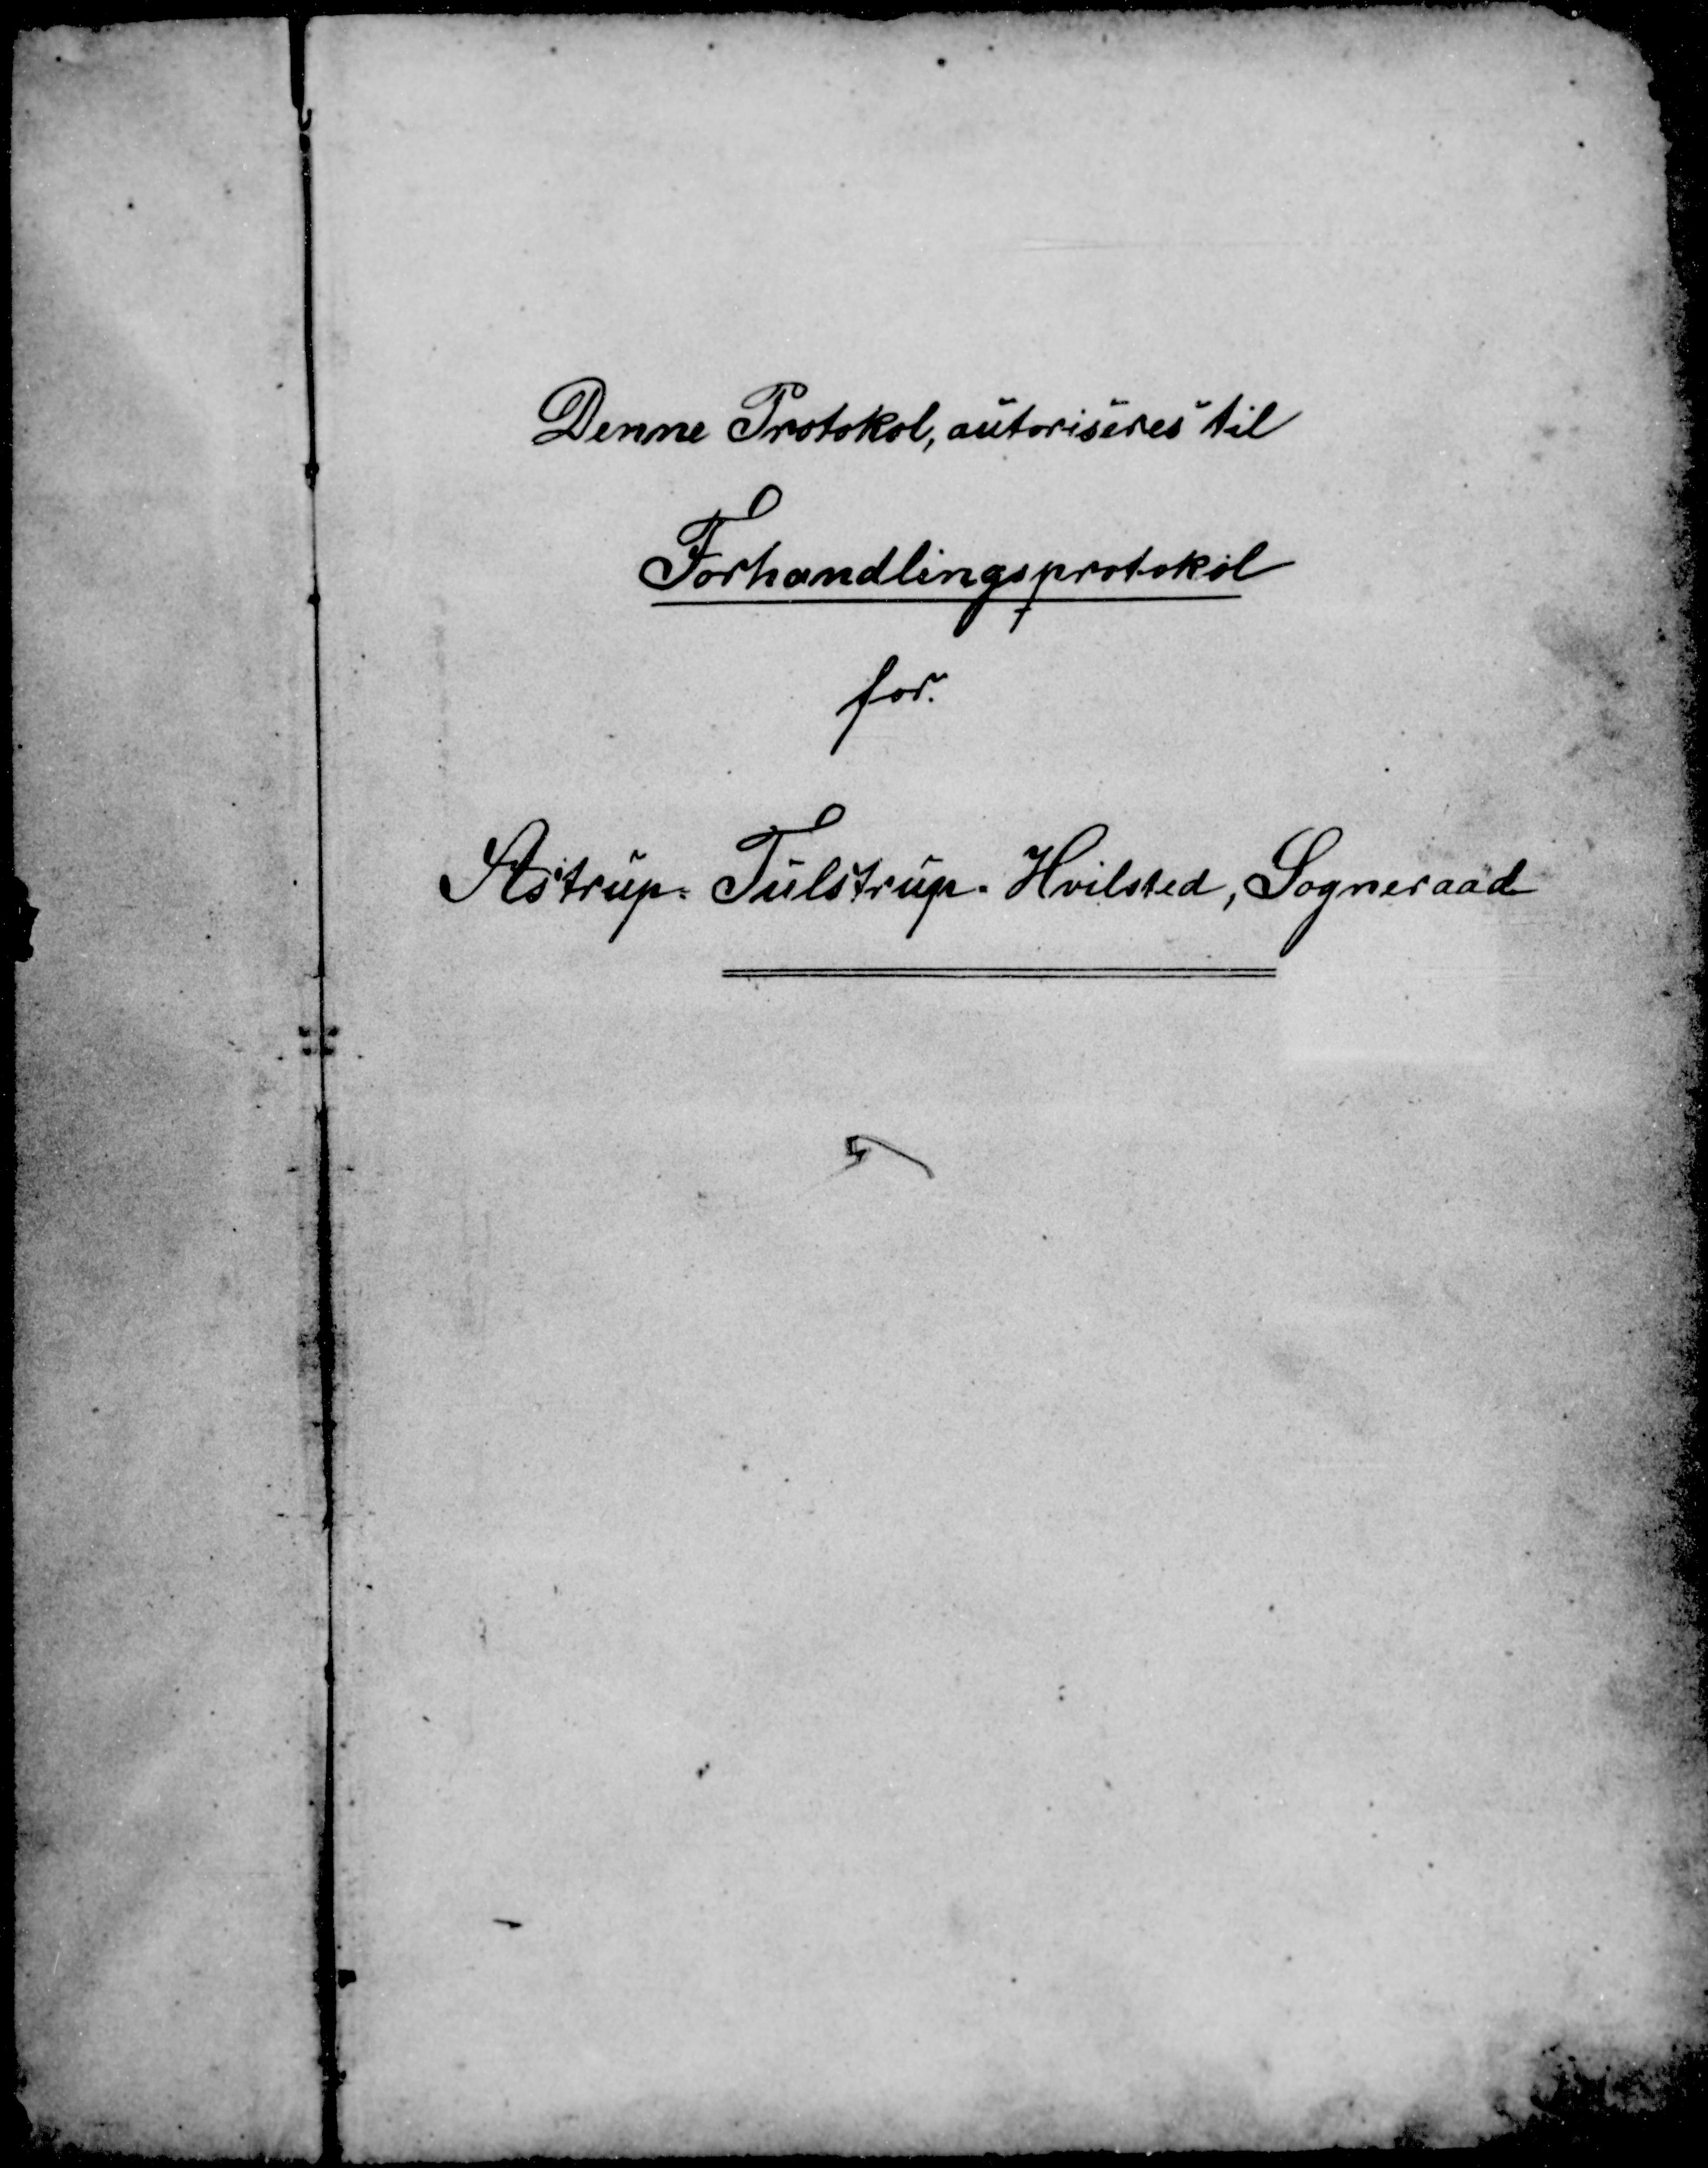
Transskription:
Denne Protokol, autoriseres til
Forhandlingsprotokol
for
Alstrup Tulstrup Hvilsted, Sogneraad